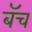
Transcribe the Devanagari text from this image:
बॅच